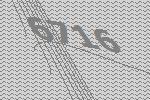
6716